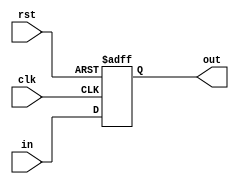
module IDExReg #(parameter N = 32)(clk, rst, in, out);
    input clk, rst;
    input [N-1:0]in;
    output reg [N-1:0] out;
    always @(posedge clk, posedge rst) begin
        if (rst)
            out <= {32'd0};
        else
            out <= in;
    end
endmodule